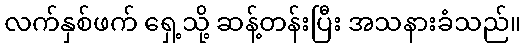
လက်နှစ်ဖက် ရှေ့သို့ ဆန့်တန်းပြီး အသနားခံသည်။